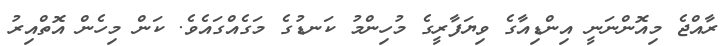
ރާއްޖެ މިއޮންނަނީ އިންޑިއާގެ ވިޔަފާރީގެ މުހިންމު ކަނޑުގެ މަގެއްގައެވެ. ކަން މިހެން އޮތްއިރު